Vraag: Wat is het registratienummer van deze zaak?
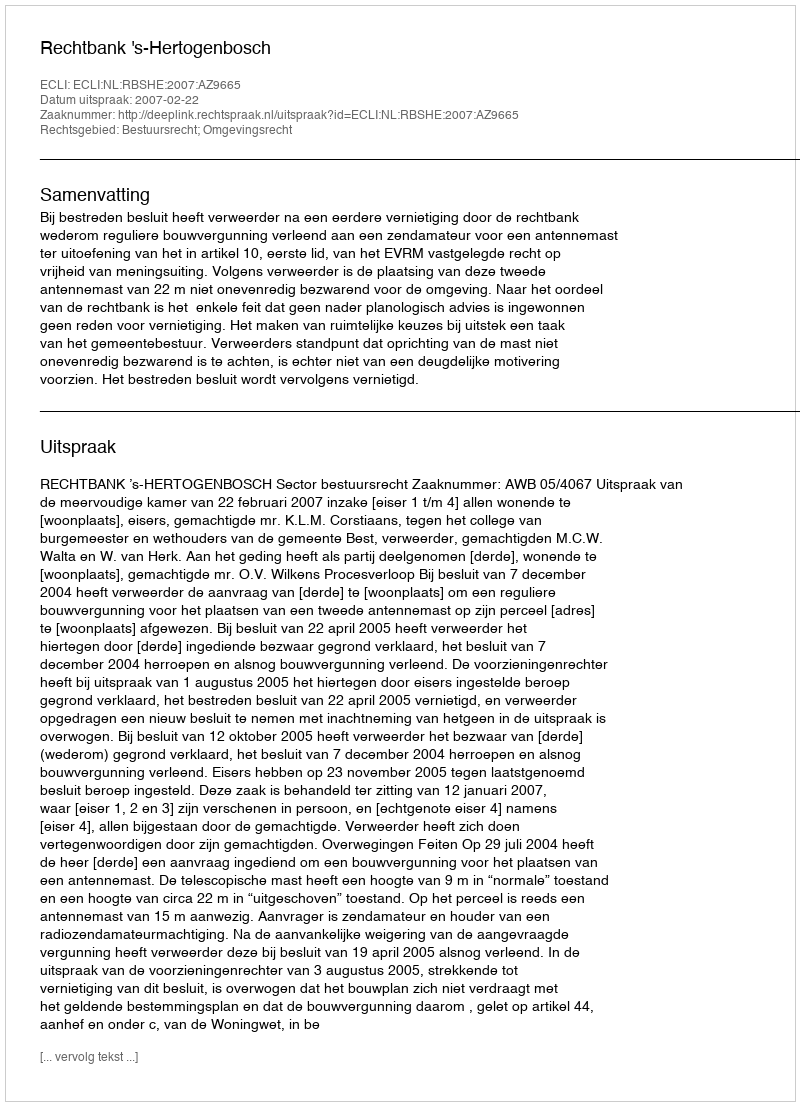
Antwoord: http://deeplink.rechtspraak.nl/uitspraak?id=ECLI:NL:RBSHE:2007:AZ9665